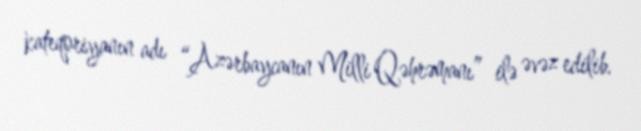
kateqoriyanın adı “Azərbaycanın Milli Qəhrəmanı” ilə əvəz edilib.